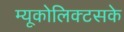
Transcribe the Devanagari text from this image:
म्यूकोलिक्टसके